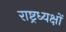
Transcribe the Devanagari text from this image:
राष्ट्रध्यक्षों